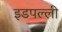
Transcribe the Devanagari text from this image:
इडपल्ली